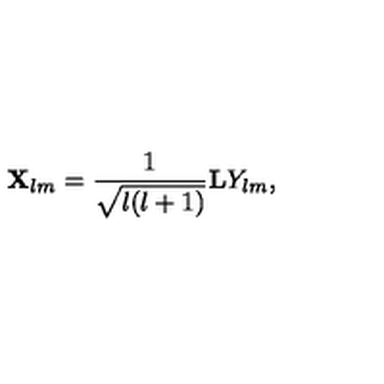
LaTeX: { \bf X } _ { l m } = { \frac { 1 } { \sqrt { l ( l + 1 ) } } } { \bf L } Y _ { l m } ,